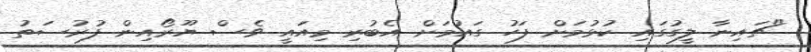
"ޗައިނާ ލީގުގައި ކުޅުމަށް ފަހު ގައުމަށް އެބުރި މިއައީ ވެސް ޔޫރޯއިން ފުރުސަތު